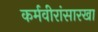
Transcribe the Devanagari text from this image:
कर्मवीरांसारखा